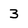
Character: 3